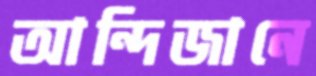
আন্দিজানে